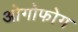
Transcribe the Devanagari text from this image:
ओगोफोग